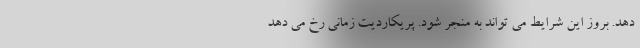
دهد. بروز این شرایط می تواند به منجر شود. پریکاردیت زمانی رخ می دهد